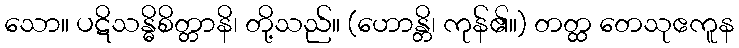
သော။ ပဋိသန္ဓိစိတ္တာနိ၊ တို့သည်။ (ဟောန္တိ၊ ကုန်၏။) တတ္ထ တေသုဧကူန